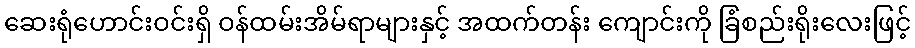
ဆေးရုံဟောင်းဝင်းရှိ ဝန်ထမ်းအိမ်ရာများနှင့် အထက်တန်း ကျောင်းကို ခြံစည်းရိုးလေးဖြင့်